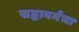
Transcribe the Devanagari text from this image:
सद्भावनेचा